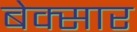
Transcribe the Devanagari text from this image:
बेक्सार